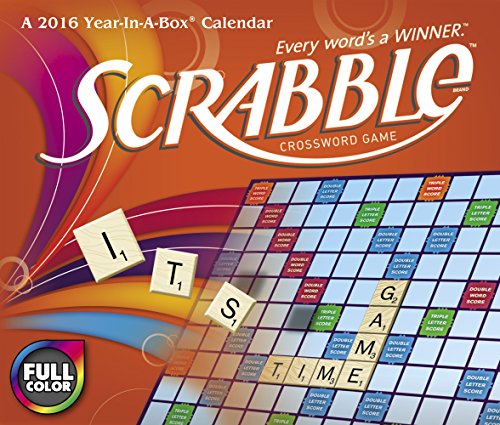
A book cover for SCRABBLE Year-In-A-Box Calendar (2016); Year-In-A-Box; Calendars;